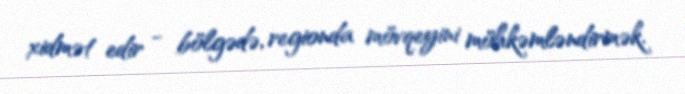
xidmət edir - bölgədə, regionda mövqeyini möhkəmləndirmək.